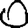
Digit: 0